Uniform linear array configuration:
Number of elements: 64
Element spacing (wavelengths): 1
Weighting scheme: cosine
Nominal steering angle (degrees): -45
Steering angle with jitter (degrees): -45.197
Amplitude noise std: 0.05
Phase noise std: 0.05

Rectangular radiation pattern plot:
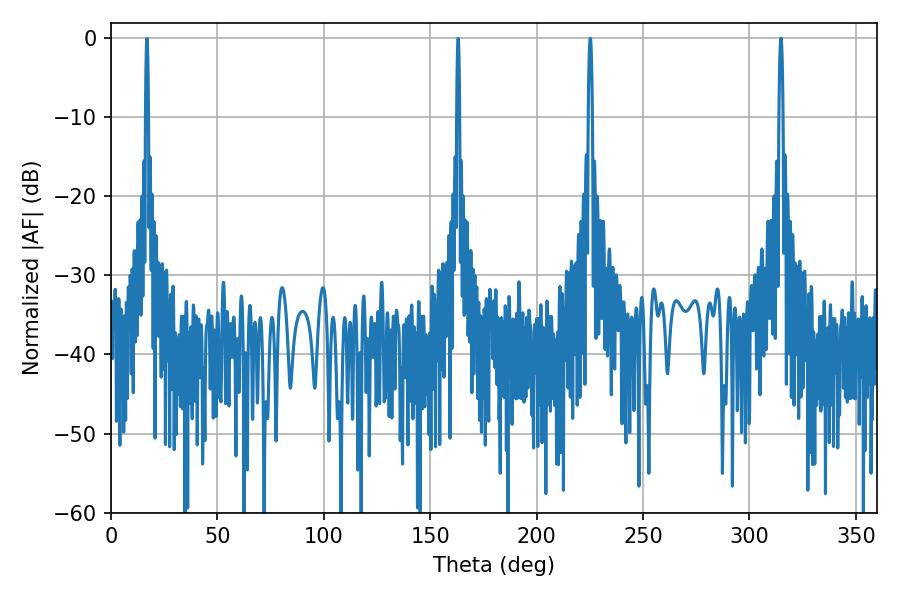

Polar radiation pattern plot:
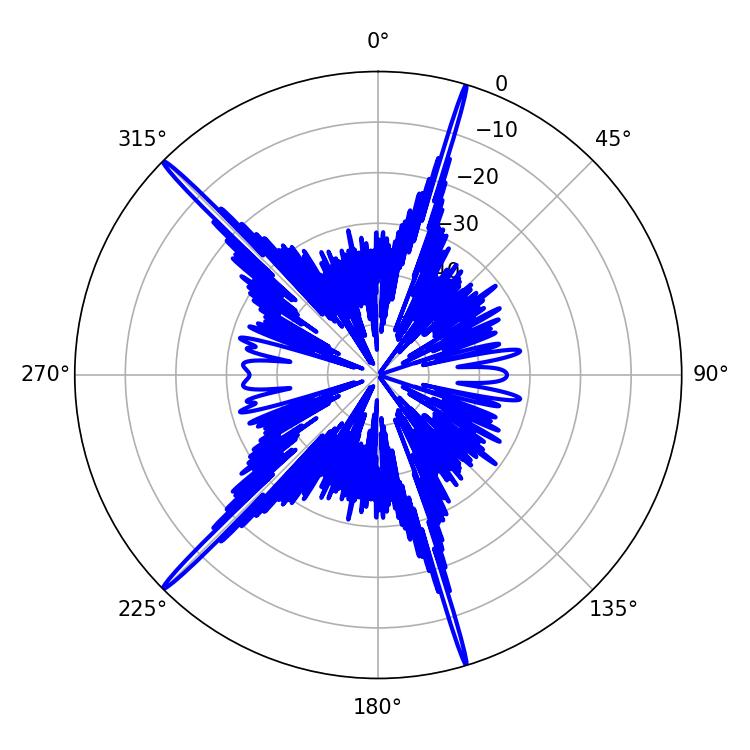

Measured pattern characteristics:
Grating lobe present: TRUE
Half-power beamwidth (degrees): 1.08
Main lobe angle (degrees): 225.18